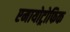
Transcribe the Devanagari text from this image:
एमायोट्रोफिक